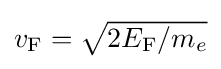
{\textstyle v_{\rm {F}}={\sqrt {2E_{\rm {F}}/m_{e}}}}